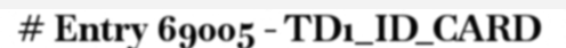
# Entry 69005 - TD1_ID_CARD